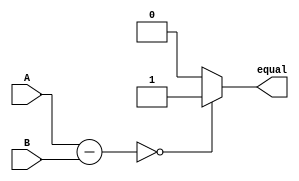
module Equality_Comparator (
    input [7:0] A,
    input [7:0] B,
    output reg equal
);

reg [7:0] result;

always @(A, B)
begin
    result = A - B;
    if(result == 8'b0) begin
        equal = 1;
    end
    else begin
        equal = 0;
    end
end

endmodule